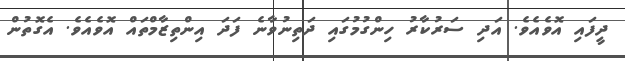
ދީފައި އޮވެއެވެ. އަދި ސަރުކާރު ހިންގުމުގައި ދަތިނުވާނެ ފަދަ އިންތިޒާމްތައް އޮވެއެވެ. އެގޮތުން